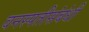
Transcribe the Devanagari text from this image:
वनस्पतीसंबंधी